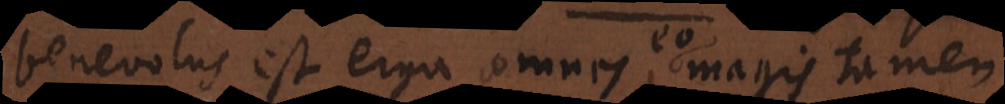
benevolus est erga omnes, magis tamen